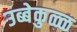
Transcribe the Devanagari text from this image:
उब्बेकुळ्ळ